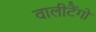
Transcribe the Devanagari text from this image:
वालीटैंगो